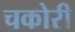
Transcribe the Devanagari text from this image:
चकोरी